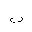
Letter: _ba